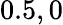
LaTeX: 0.5,0